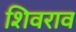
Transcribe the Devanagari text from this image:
शिवराव